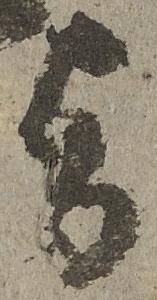
旨